Language: tamil
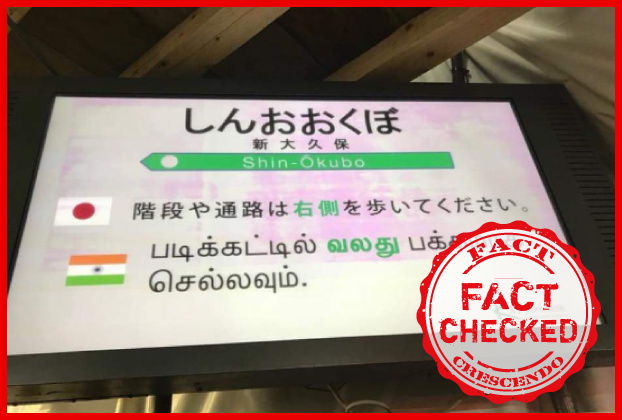
Transcription: படிக்கட்டில் செல்லவும் வலது பக்